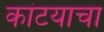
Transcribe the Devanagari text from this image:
कांटयाचा